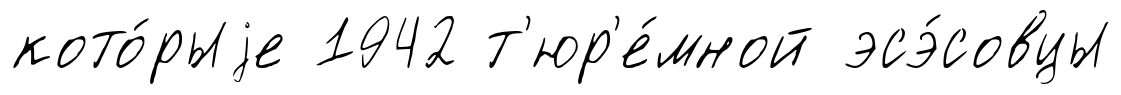
кото́рыjе 1942 т'юр'е́мной эсэ́совцы